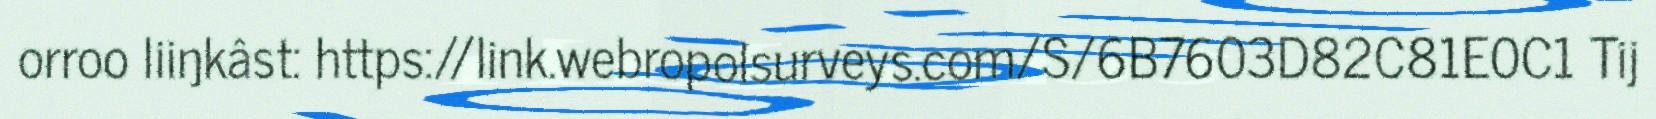
orroo liiŋkâst: https://link.webropolsurveys.com/S/6B7603D82C81E0C1 Tij